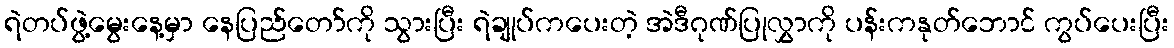
ရဲတပ်ဖွဲ့မွေးနေ့မှာ နေပြည်တော်ကို သွားပြီး ရဲချုပ်ကပေးတဲ့ အဲဒီဂုဏ်ပြုလွှာကို ပန်းကနုတ်ဘောင် ကွပ်ပေးပြီး